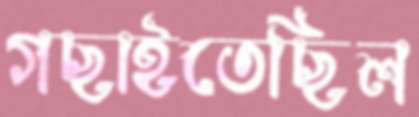
গছাইতেছিল